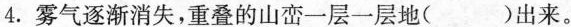
4.雾气逐渐消失，重叠的山峦一层一层地()出来。